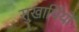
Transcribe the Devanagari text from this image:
सुखार्थियों